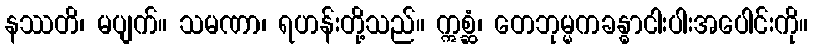
နဿတိ၊ မပျက်။ သမဏာ၊ ရဟန်းတို့သည်။ ဣစ္ဆံ၊ တေဘုမ္မကခန္ဓာငါးပါးအပေါင်းကို။